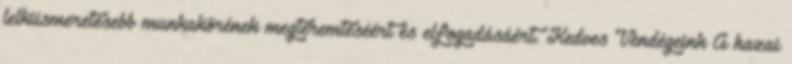
lelkiismeretesebb munkakörének megteremtéséért és elfogadásáért. Kedves Vendégeink A hazai